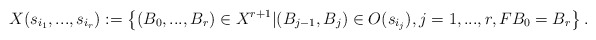
\begin{align*}X(s_{i_1},...,s_{i_r}):= \left\{(B_0,...,B_r)\in X^{r+1}|(B_{j-1}, B_j)\in O(s_{i_j}), j=1,...,r, FB_0=B_r\right\}.\end{align*}